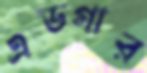
এডগার